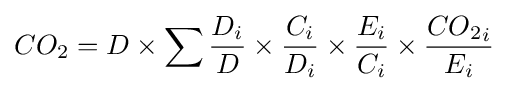
CO_{2}=D\times \sum {\frac {D_{i}}{D}}\times {\frac {C_{i}}{D_{i}}}\times {\frac {E_{i}}{C_{i}}}\times {\frac {{CO_{2}}_{i}}{E_{i}}}